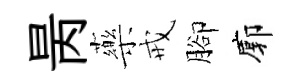
昺藥戒腳廓